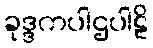
ခုဒ္ဒကပါဌပါဠိ